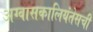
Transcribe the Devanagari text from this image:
अग्वासकालियंतेसची